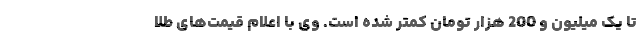
تا یک میلیون و 200 هزار تومان کمتر شده است. وی با اعلام قیمت‌های طلا